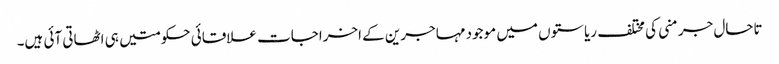
تاحال جرمنی کی مختلف ریاستوں میں موجود مہاجرین کے اخراجات علاقائی حکومتیں ہی اٹھاتی آئی ہیں۔